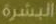
البشرة